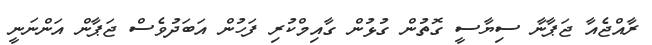
ރާއްޖެއާ ޖަޕާނާ ސިޔާސީ ގޮތުން ގުޅުން ގާއިމްކުރި ފަހުން އަބަދުވެސް ޖަޕާން އަންނަނީ